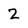
Character: 2